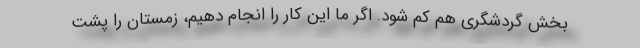
بخش گردشگری هم کم شود. اگر ما این کار را انجام دهیم، زمستان را پشت